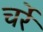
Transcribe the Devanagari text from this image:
चर्रे